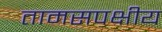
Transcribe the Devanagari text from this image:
तामसपक्षीय